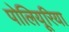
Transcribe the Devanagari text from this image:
पोलियूरिया